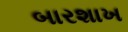
બારશાખ